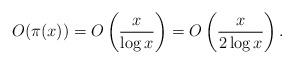
LaTeX: \begin{align*}O(\pi(x))=O\left(\frac{x}{\log{x}}\right)=O\left(\frac{x}{2\log{x}}\right).\end{align*}